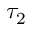
\tau _ { 2 }